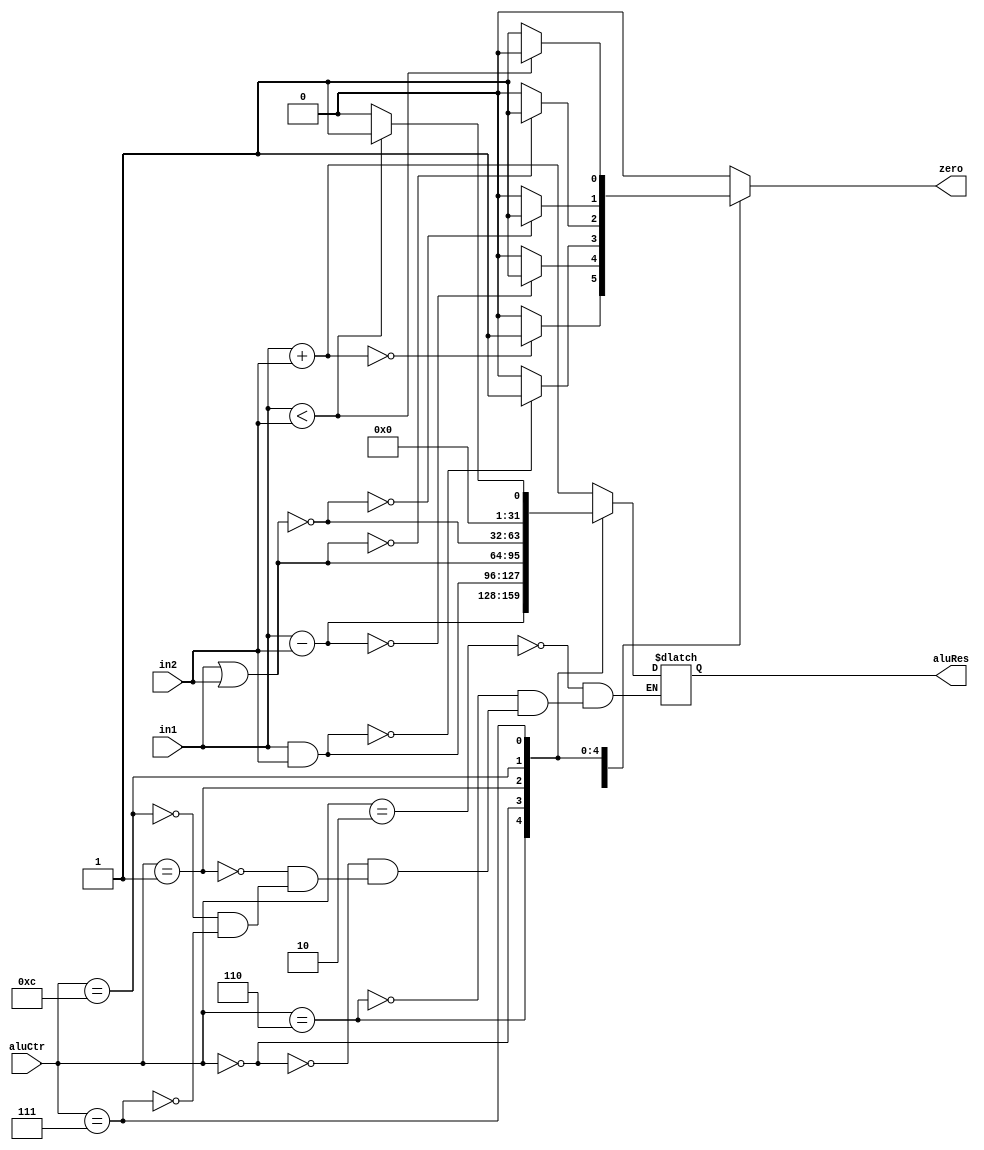
module Alu(
    input [31:0] in1,
    input [31:0] in2,
    input [3:0] aluCtr,
    output zero,
    output [31:0] aluRes
    );
    
    reg zero;
    reg [31:0] aluRes;
    
    always @ ({aluCtr, in1, in2})
    begin
        zero = 0;
        case (aluCtr)
        4'b0010: // add
        begin
            aluRes = in1 + in2;
            if (aluRes == 0)
                zero = 1;
        end
        4'b0110: // sub
        begin
            aluRes = in1 - in2;
            if (aluRes == 0)
                zero = 1;
        end
        4'b0000: // and
        begin
            aluRes = in1 & in2;
            if (aluRes == 0)
                zero = 1;
        end
        4'b0001: // or
        begin
            aluRes = in1 | in2;
            if (aluRes == 0)
                zero = 1;
        end
        4'b1100: // nor
        begin
            aluRes = ~(in1 | in2);
            if (aluRes == 0)
                zero = 1;
        end
        4'b0111: // set on less than
        begin
            if (in1 < in2)
            begin
                aluRes = 1;
                zero = 0;
            end
            else 
            begin
                aluRes = 0;
                zero = 1;
            end
        end
        endcase
    end
    
endmodule